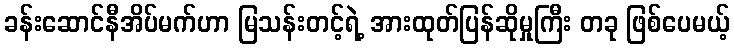
ခန်းဆောင်နီအိပ်မက်ဟာ မြသန်းတင့်ရဲ့ အားထုတ်ပြန်ဆိုမှုကြီး တခု ဖြစ်ပေမယ့်